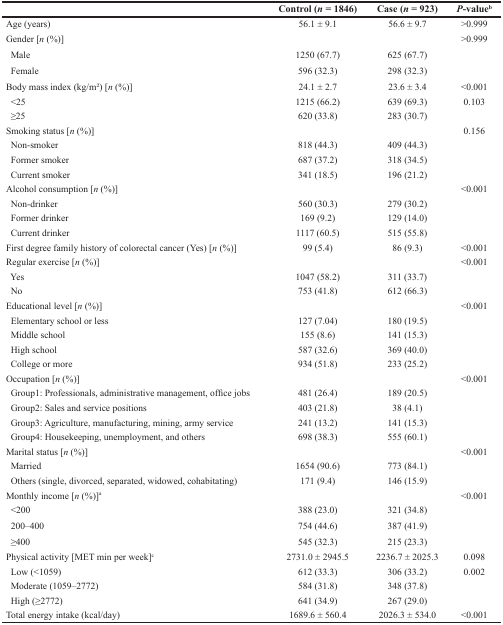
<table><thead><tr><td></td><td><b>Control (<i>n</i> = 1846)</b></td><td><b>Case (<i>n</i> = 923)</b></td><td><b><i>P</i>-value<sup>b</sup></b></td></tr></thead><tbody><tr><td>Age (years)</td><td>56.1 ± 9.1</td><td>56.6 ± 9.7</td><td>&gt;0.999</td></tr><tr><td>Gender [<i>n</i> (%)]</td><td></td><td></td><td>&gt;0.999</td></tr><tr><td> Male</td><td>1250 (67.7)</td><td>625 (67.7)</td><td></td></tr><tr><td> Female</td><td>596 (32.3)</td><td>298 (32.3)</td><td></td></tr><tr><td>Body mass index (kg/m<sup>2</sup>) [<i>n</i> (%)]</td><td>24.1 ± 2.7</td><td>23.6 ± 3.4</td><td>&lt;0.001</td></tr><tr><td> &lt;25</td><td>1215 (66.2)</td><td>639 (69.3)</td><td>0.103</td></tr><tr><td> ≥25</td><td>620 (33.8)</td><td>283 (30.7)</td><td></td></tr><tr><td>Smoking status [<i>n</i> (%)]</td><td></td><td></td><td>0.156</td></tr><tr><td> Non-smoker</td><td>818 (44.3)</td><td>409 (44.3)</td><td></td></tr><tr><td> Former smoker</td><td>687 (37.2)</td><td>318 (34.5)</td><td></td></tr><tr><td> Current smoker</td><td>341 (18.5)</td><td>196 (21.2)</td><td></td></tr><tr><td>Alcohol consumption [<i>n</i> (%)]</td><td></td><td></td><td>&lt;0.001</td></tr><tr><td> Non-drinker</td><td>560 (30.3)</td><td>279 (30.2)</td><td></td></tr><tr><td> Former drinker</td><td>169 (9.2)</td><td>129 (14.0)</td><td></td></tr><tr><td> Current drinker</td><td>1117 (60.5)</td><td>515 (55.8)</td><td></td></tr><tr><td>First degree family history of colorectal cancer (Yes) [<i>n</i> (%)]</td><td>99 (5.4)</td><td>86 (9.3)</td><td>&lt;0.001</td></tr><tr><td>Regular exercise [<i>n</i> (%)]</td><td></td><td></td><td>&lt;0.001</td></tr><tr><td> Yes</td><td>1047 (58.2)</td><td>311 (33.7)</td><td></td></tr><tr><td> No</td><td>753 (41.8)</td><td>612 (66.3)</td><td></td></tr><tr><td>Educational level [<i>n</i> (%)]</td><td></td><td></td><td>&lt;0.001</td></tr><tr><td> Elementary school or less</td><td>127 (7.04)</td><td>180 (19.5)</td><td></td></tr><tr><td> Middle school</td><td>155 (8.6)</td><td>141 (15.3)</td><td></td></tr><tr><td> High school</td><td>587 (32.6)</td><td>369 (40.0)</td><td></td></tr><tr><td> College or more</td><td>934 (51.8)</td><td>233 (25.2)</td><td></td></tr><tr><td>Occupation [<i>n</i> (%)]</td><td></td><td></td><td>&lt;0.001</td></tr><tr><td> Group1: Professionals, administrative management, office jobs</td><td>481 (26.4)</td><td>189 (20.5)</td><td></td></tr><tr><td> Group2: Sales and service positions</td><td>403 (21.8)</td><td>38 (4.1)</td><td></td></tr><tr><td> Group3: Agriculture, manufacturing, mining, army service</td><td>241 (13.2)</td><td>141 (15.3)</td><td></td></tr><tr><td> Group4: Housekeeping, unemployment, and others</td><td>698 (38.3)</td><td>555 (60.1)</td><td></td></tr><tr><td>Marital status [<i>n</i> (%)]</td><td></td><td></td><td>&lt;0.001</td></tr><tr><td> Married</td><td>1654 (90.6)</td><td>773 (84.1)</td><td></td></tr><tr><td> Others (single, divorced, separated, widowed, cohabitating)</td><td>171 (9.4)</td><td>146 (15.9)</td><td></td></tr><tr><td>Monthly income [<i>n</i> (%)]<sup>a</sup></td><td></td><td></td><td>&lt;0.001</td></tr><tr><td> &lt;200</td><td>388 (23.0)</td><td>321 (34.8)</td><td></td></tr><tr><td> 200–400</td><td>754 (44.6)</td><td>387 (41.9)</td><td></td></tr><tr><td> ≥400</td><td>545 (32.3)</td><td>215 (23.3)</td><td></td></tr><tr><td>Physical activity [MET min per week]<sup>c</sup></td><td>2731.0 ± 2945.5</td><td>2236.7 ± 2025.3</td><td>0.098</td></tr><tr><td> Low (&lt;1059)</td><td>612 (33.3)</td><td>306 (33.2)</td><td>0.002</td></tr><tr><td> Moderate (1059–2772)</td><td>584 (31.8)</td><td>348 (37.8)</td><td></td></tr><tr><td> High (≥2772)</td><td>641 (34.9)</td><td>267 (29.0)</td><td></td></tr><tr><td>Total energy intake (kcal/day)</td><td>1689.6 ± 560.4</td><td>2026.3 ± 534.0</td><td>&lt;0.001</td></tr></tbody></table>